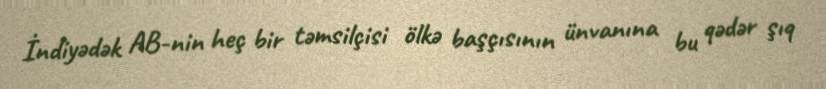
İndiyədək AB-nin heç bir təmsilçisi ölkə başçısının ünvanına bu qədər şıq